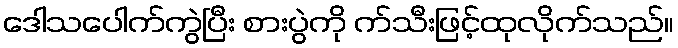
ဒေါသပေါက်ကွဲပြီး စားပွဲကို က်သီးဖြင့်ထုလိုက်သည်။